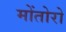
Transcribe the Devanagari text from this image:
मोंतोरो